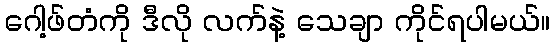
ဂေါ့ဖ်တံကို ဒီလို လက်နဲ့ သေချာ ကိုင်ရပါမယ်။